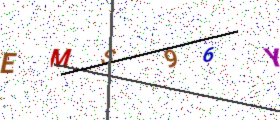
Text: EMS96Y